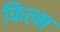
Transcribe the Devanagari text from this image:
फिल्म